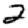
Digit: 2